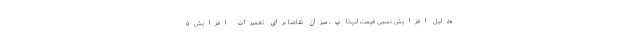
ه‌دلیل افزایش نسبی قیمت لپ‌تاپ، میزان تقاضا برای تعمیرات افزایش ۵۰